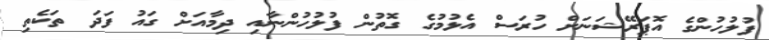
ފުލުހުންގެ އޮޕަރޭޝަނަށް ހުރަސް އެޅުމުގެ ގޮތުން ފުލުހުންނާއި ދިމާއަށް ގައު ފަދަ ތަކެތި